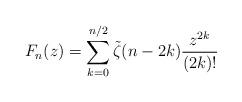
LaTeX: \begin{align*}F_n(z) = \sum_{k=0}^{n/2} \tilde{\zeta}(n-2k) \frac{z^{2k}}{(2k)!}\end{align*}